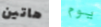
هاتين يوم